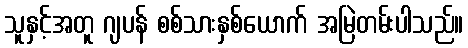
သူနှင့်အတူ ဂျပန် စစ်သားနှစ်ယောက် အမြဲတမ်းပါသည်။